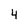
Character: 4